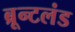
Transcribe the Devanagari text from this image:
ब्रून्टलंड